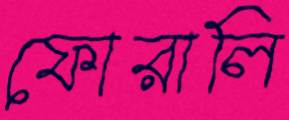
ফোরালি